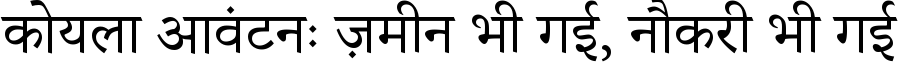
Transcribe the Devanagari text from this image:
कोयला आवंटनः ज़मीन भी गई, नौकरी भी गई